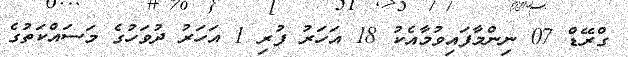
ގްރޭޑް 07 ނިންމާފައިވުމާއެކު 18 އަހަރު ފުރި 1 އަހަރު ދުވަހުގެ މަސައްކަތުގެ